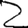
Digit: 2